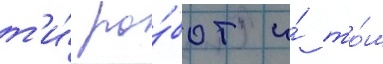
т'и́ ро́бот и́ то́м